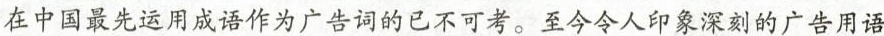
在中国最先运用成语作为广告词的已不可考。至今令人印象深刻的广告用语